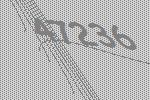
47236